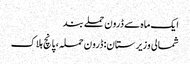
ایک ماہ سے ڈرون حملے بند
شمالی وزیرستان: ڈرون حملہ، پانچ ہلاک